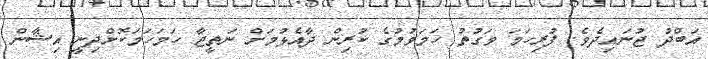
އަބްދު ޖުނައިދެވެ. ފުރިހަމަ ވަގުތު ހަމަވުމުގެ ކުރިން ދާއެޅުމަށް ނަތީޖާ ހަމަހަމަކޮށްދިނީ އިޝާން